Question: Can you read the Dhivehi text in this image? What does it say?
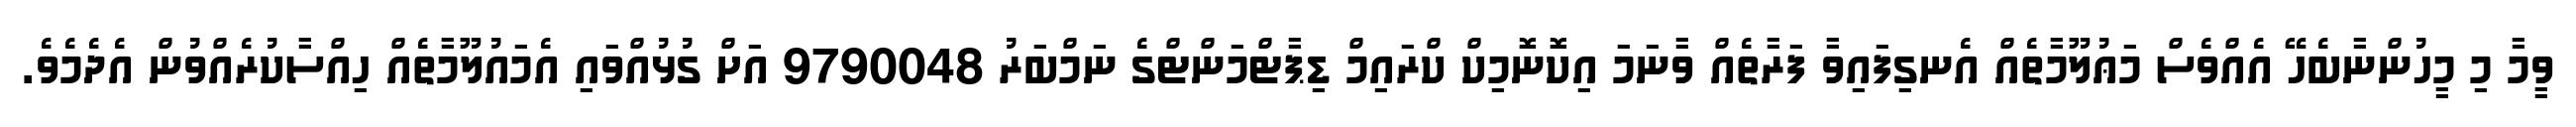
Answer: ވީމާ މި މީހުންނާބެހޭ އެއްވެސް މަޢުލޫމާތެއް އެނގިފައިވާ ފަރާތެއް ވާނަމަ އިކޮނޮމިކް ކްރައިމް ޑިޕާޓްމަންޓްގެ ނަމްބަރު 9790048 އަށް ގުޅުއްވައި އެމައުލޫމާތެއް ހިއްސާކުރެއްވުން އެދެމެވެ.